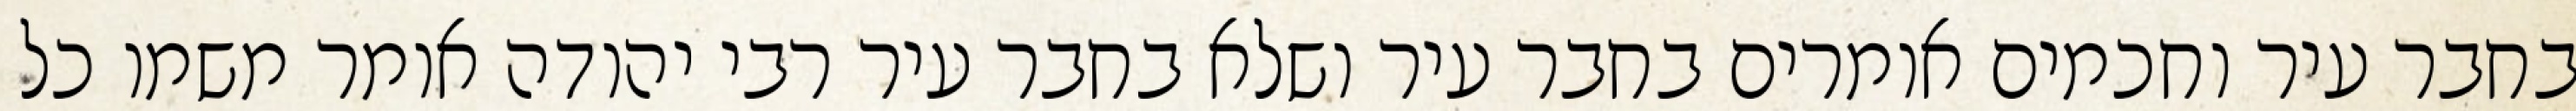
בחבר עיר וחכמים אומרים בחבר עיר ושלא בחבר עיר רבי יהודה אומר משמו כל